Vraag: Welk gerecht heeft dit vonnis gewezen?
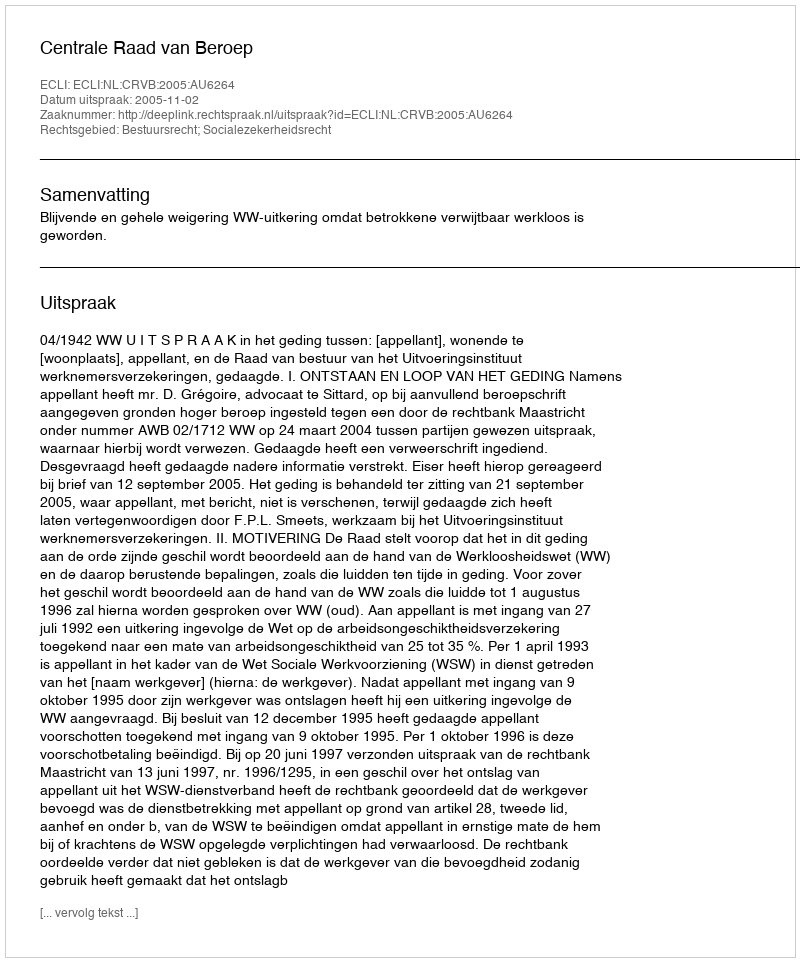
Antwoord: Centrale Raad van Beroep